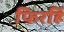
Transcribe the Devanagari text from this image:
फिरहिं